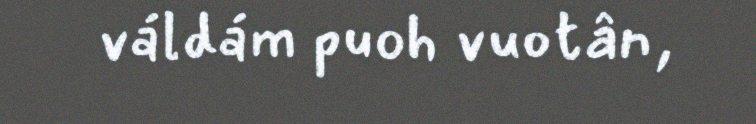
váldám puoh vuotân,